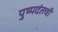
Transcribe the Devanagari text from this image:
पुष्पदंतची